King Institute of Preventive Medicine Micro-Biological Section reports 1912-19
Year: 1912
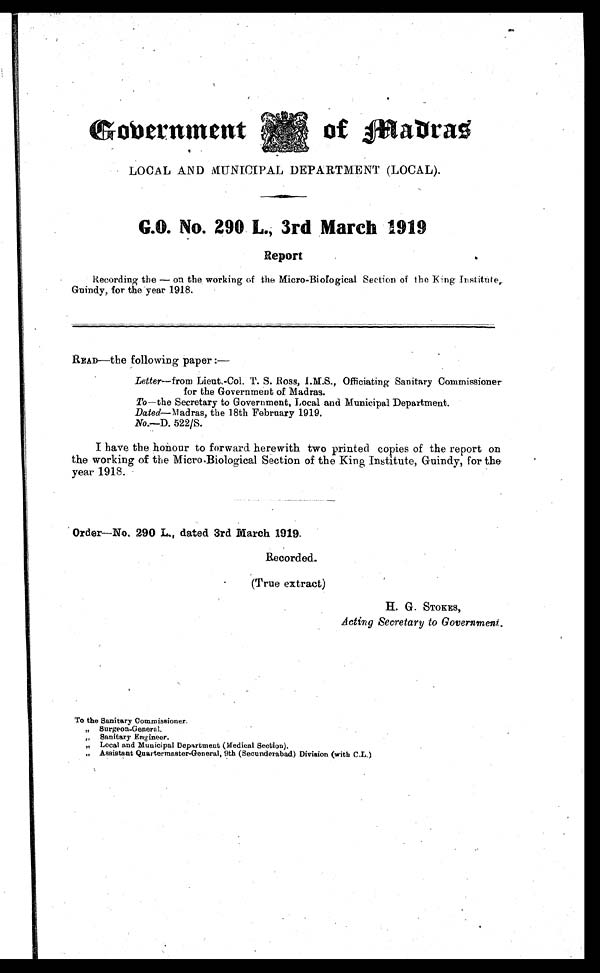
Government
of Madras
LOCAL AND MUNICIPAL DEPARTMENT (LOCAL).
G.O. No. 290. L., 3rd March 1919
Report
Recording the — on the working of the Micro-Biological Section of the King Institute
Guindy, for the year 1918.
READ—the following paper:—
Letter—from Lieut,-Col. T. S. Ross, I.M.S., Officiating Sanitary Commissioner
for the Government of Madras.
To —the Secretary to Government, Local and Municipal Department.
Dated—M adras, the 18th February 1919.
No.—D. 522/S.
I have the honour to forward herewith two printed copies of the report on
the working of the Micro-Biological Section of the King Institute, Guindy, for the
year 1918.
Order—No. 290 L., dated 3rd March 1919.
Recorded.
( T r u e e x t r a c t )
H. G. STOKES,
Acting Secretary to Government.
To the Sanitary Commissioner.
„ Surgeon-General.
„ Sanitary Engineer.
„ Local and Municipal Department (Medical Section).
„ Assistant Quartermaster-General, 9th (Secunderabad) Division (with C.L.)